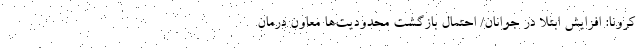
کرونا: افزایش ابتلا در جوانان/ احتمال بازگشت محدودیت‌ها معاون درمان